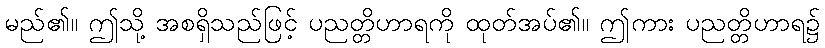
မည်၏။ ဤသို့ အစရှိသည်ဖြင့် ပညတ္တိဟာရကို ထုတ်အပ်၏။ ဤကား ပညတ္တိဟာရ၌